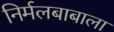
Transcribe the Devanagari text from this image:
निर्मलबाबाला